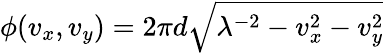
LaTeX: \phi(v_{x},v_{y})=2\pi d\sqrt{\lambda^{-2}-v_{x}^{2}-v_{y}^{2}}